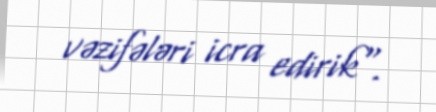
vəzifələri icra edirik".